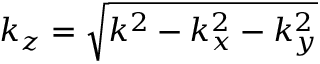
k _ { z } = \sqrt { k ^ { 2 } - k _ { x } ^ { 2 } - k _ { y } ^ { 2 } }